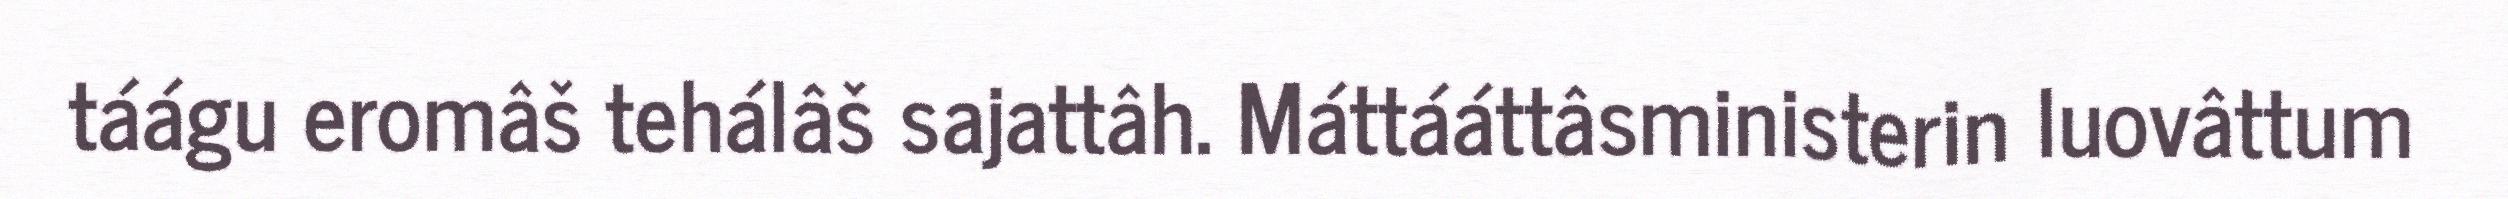
táágu eromâš tehálâš sajattâh. Máttááttâsministerin luovâttum